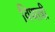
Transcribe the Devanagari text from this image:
विधात्री